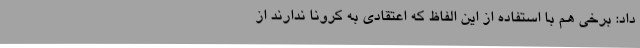
داد: برخی هم با استفاده از این الفاظ که اعتقادی به کرونا ندارند از